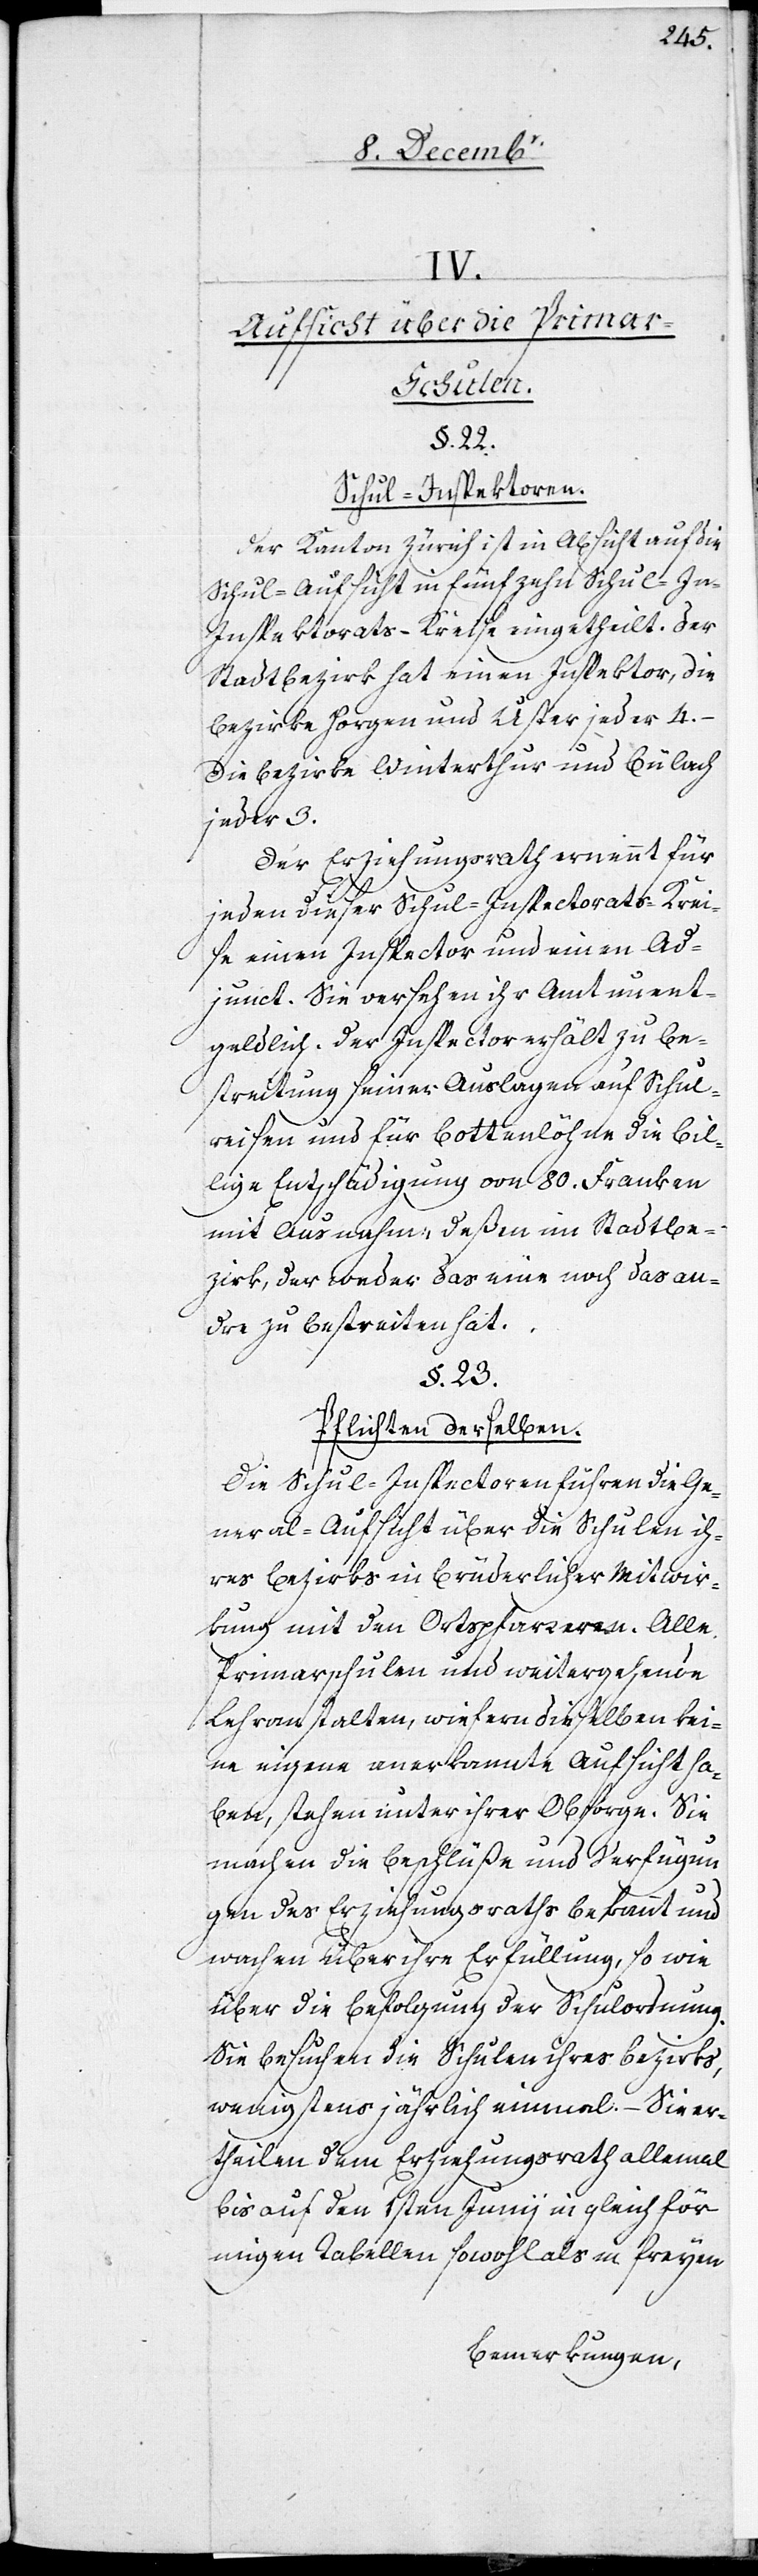
IV.
Aufsicht über die Prima¬
r-Schulen.
§. 22.
Schul-Inspektoren.
Der Kanton Zürich ist in Absicht auf die
Schul-Aufsicht in fünfzehn Schul-I¬
nspektorats-Kreise eingetheilt. Der
Stadtbezirk hat einen Inspektor, die
Bezirke Horgen und Uster jeder 4. –
Die Bezirke Winterthur und Bülach
jeder 3.
Der Erziehungsrath ernennt für
jeden dieser Schul-Inspectorats-Krei¬
se einen Inspector und einen Ad¬
junct. Sie versehen ihr Amt unent¬
geldlich. Der Inspector erhält zu Be¬
streitung seiner Auslagen auf Schul¬
reisen und für Bottenlöhne die bil¬
lige Entschädigung von 80. Franken
mit Ausnahme deßen im Stadtbe¬
zirk, der weder das eine noch das An¬
dere zu bestreiten hat.
§. 23.
Pflichten derselben.
Die Schul-Inspectoren führen die Ge¬
neral-Aufsicht über die Schulen ih¬
res Bezirks in brüderlicher Mitwir¬
kung mit den Ortspfarrern. Alle
Primarschulen und weitergehende
Lehranstalten, wiefern dieselben kei¬
ne eigene anerkannte Aufsicht ha¬
ben, stehen unter ihrer Obsorge. Sie
machen die Beschlüße und Verfügun¬
gen des Erziehungsraths bekannt und
wachen über ihre Erfüllung, so wie
über die Befolgung der Schulordnung.
Sie besuchen die Schulen ihres Bezirks,
wenigstens jährlich einmal. – Sie er¬
theilen dem Erziehungsrath allemal
bis auf den 1sten Junii in gleich för¬
migen Tabellen sowohl als in freyen